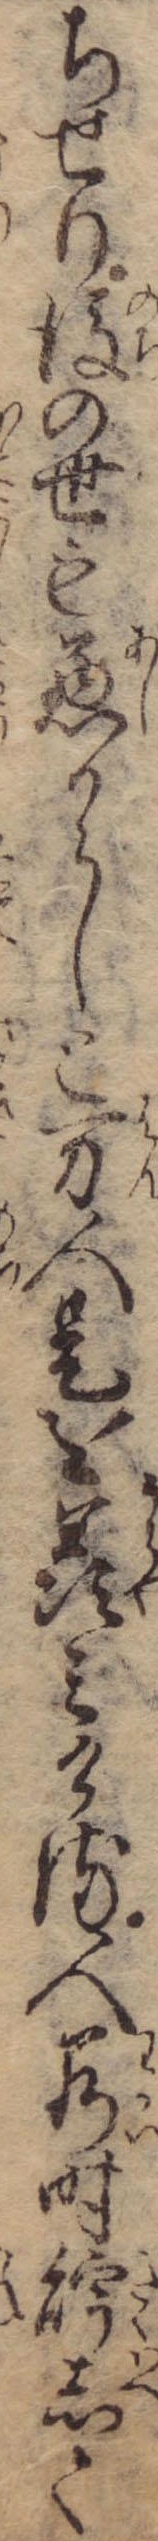
ちせり後の世も悪からしと万人是を羨みける人若時貯して